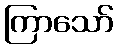
ကြာသော်